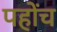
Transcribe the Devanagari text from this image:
पहोंच